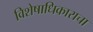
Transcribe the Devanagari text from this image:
विशेषाधिकाराचा